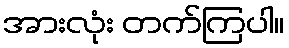
အားလုံး တက်ကြပါ။